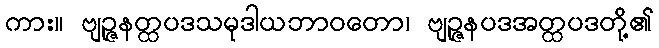
ကား။ ဗျဉ္ဇနတ္ထပဒသမုဒါယဘာဝတော၊ ဗျဉ္ဇနပဒအတ္ထပဒတို့၏